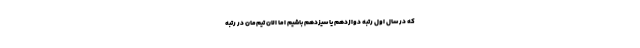
که در سال اول رتبه دوازدهم یا سیزدهم باشیم اما الان تیم‌مان در رتبه